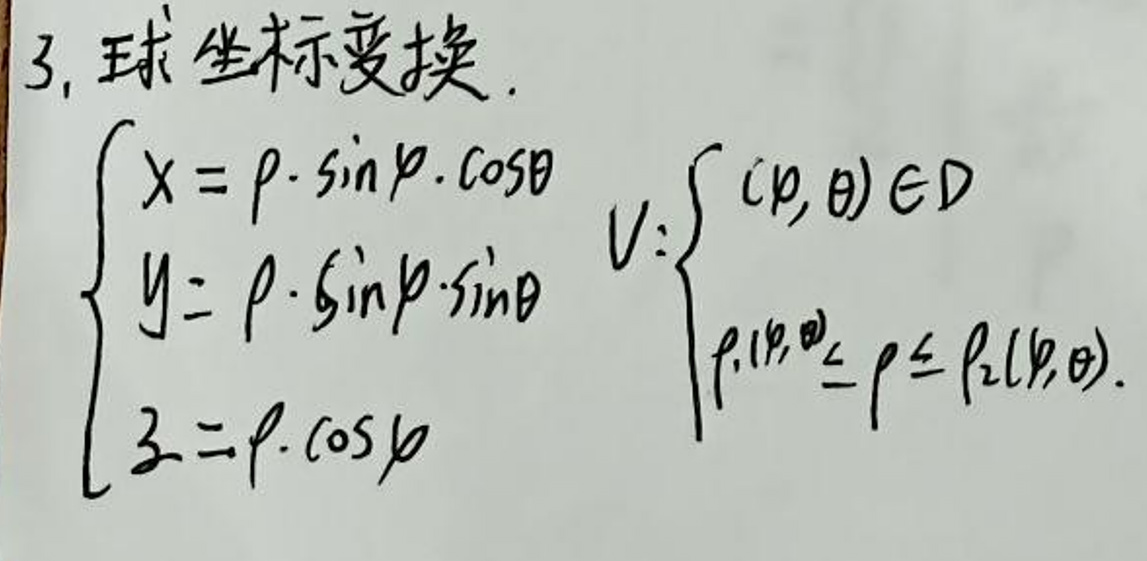
3. 球坐标变换.
\[
\begin{cases}
x = \rho \cdot \sin\varphi \cdot \cos\theta \\
y = \rho \cdot \sin\varphi \cdot \sin\theta \\
z = \rho \cdot \cos\varphi
\end{cases}
\quad
V:
\begin{cases}
(\varphi, \theta) \in D \\
\rho_1(\varphi, \theta) \leq \rho \leq \rho_2(\varphi, \theta)
\end{cases}
\]